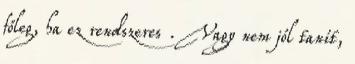
főleg, ha ez rendszeres . Vagy nem jól tanít,